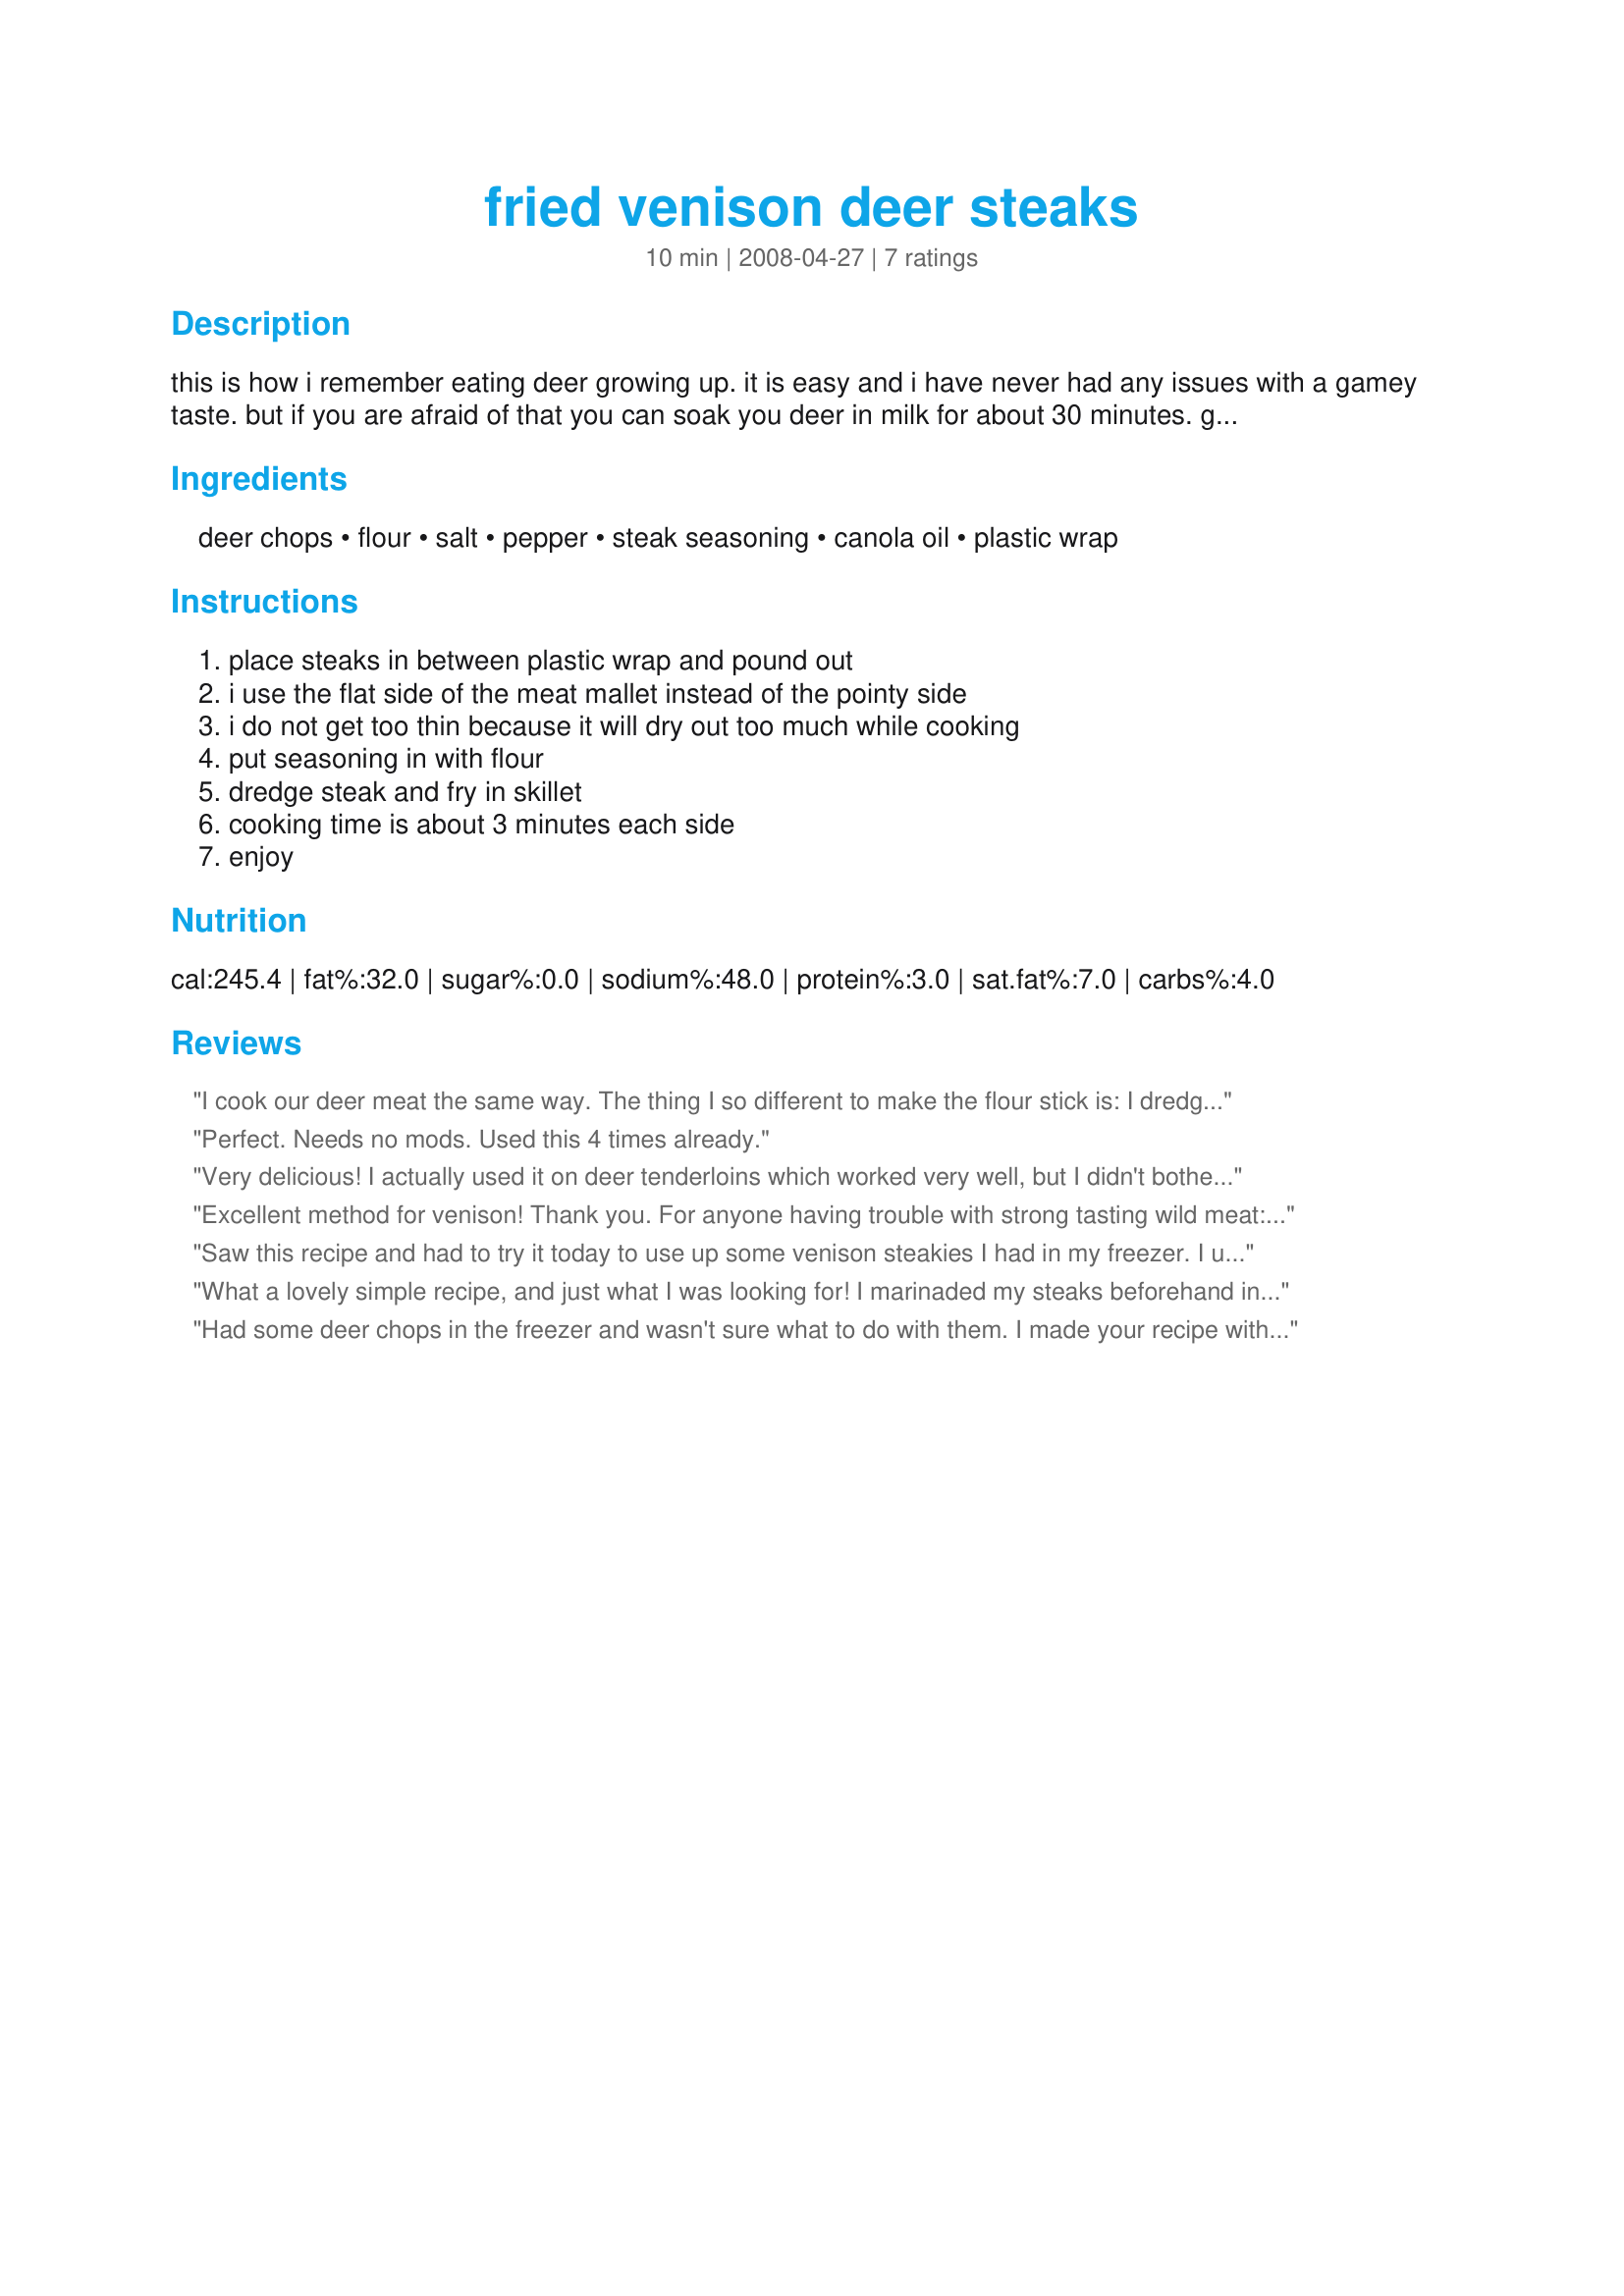
fried venison deer steaks
Preparation time: 10 minutes

this is how i remember eating deer growing up. it is easy and i have never had any issues with a gamey taste. but if you are afraid of that you can soak you deer in milk for about 30 minutes. great with fried potatoes and a salad. i like mine with steak sauce (57).

Ingredients:
deer chops, flour, salt, pepper, steak seasoning, canola oil, plastic wrap

Steps:
place steaks in between plastic wrap and pound out, i use the flat side of the meat mallet instead of the pointy side, i do not get too thin because it will dry out too much while cooking, put seasoning in with flour, dredge steak and fry in skillet, cooking time is about 3 minutes each side, enjoy

Reviews:
I cook our deer meat the same way. The thing I so different to make the flour stick is: I dredge the meat in the flour and then in a milk and egg mix and then back in the flour again. Just as if you were cooking chicken. Taste great and makes a good crust. Make some gravy with your left over grease. Makes a great meal.
Perfect. Needs no mods. Used this 4 times already.
Very delicious! I actually used it on deer tenderloins which worked very well, but I didn't bother tenderizing them:) Good with Worscestershire sauce!
Excellent method for venison! Thank you. For anyone having trouble with strong tasting wild meat: I always rinse it and dry it well before I start any recipe to cook it. Never had a problem with properly handled meat.
Saw this recipe and had to try it today to use up some venison steakies I had in my freezer. I used steakies instead of chops, as that is what I had in the freezer. I didn't have to pound them out, as they were cut really thin. I used Montreal Steak Seasoning and our dinner was great. Thanks you! Mike
What a lovely simple recipe, and just what I was looking for! I marinaded my steaks beforehand in Recipe #40275 and then floured them and fried them as suggested, rather than grilling them! The flour did not adhere as much as I would have liked, but the taste and texture was still delightful. A very handy recipe to keep - thanks! Made for ZWT4 - FT:-)
Had some deer chops in the freezer and wasn't sure what to do with them. I made your recipe with some gravy and potatoes and my family was in heaven. The kids didn't even raise an eyebrow when they found out they were eating deer meat. Loved it. Thank you for sharing your recipe with us, its a keeper.
